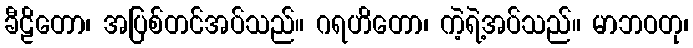
ခီဠိတော၊ အပြစ်တင်အပ်သည်။ ဂရဟိတော၊ ကဲ့ရဲ့အပ်သည်။ မာဘဝတု၊